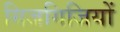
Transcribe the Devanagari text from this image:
गिजगिजियों